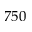
7 5 0